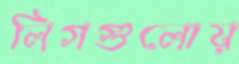
লিগগুলোয়